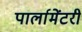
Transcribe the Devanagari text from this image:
पार्लामेंटरी